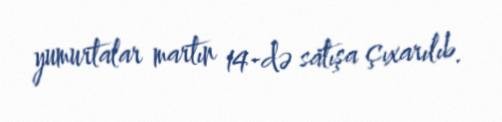
yumurtalar martın 14-də satışa çıxarılıb.